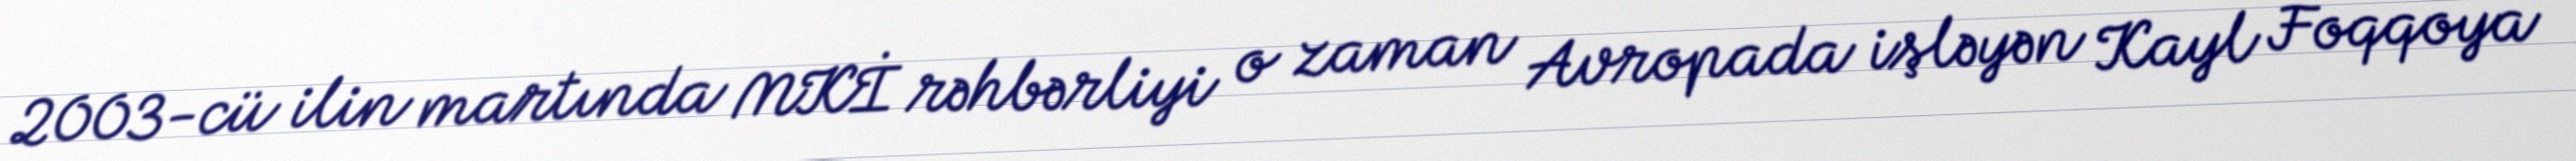
2003-cü ilin martında MKİ rəhbərliyi o zaman Avropada işləyən Kayl Foqqoya